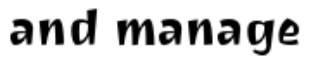
and manage